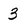
Character: 3